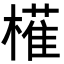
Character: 𭬈